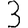
Digit: 3